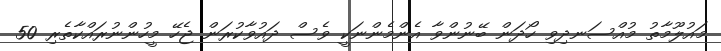
މައުލޫމާތު މުއްސަނދިވި ހޯދަން ބޭނުންވާ އެންމެންނަކީ ވެސް ދައުވާކުރަން ޖެހޭ މީހުންނުރައްކާތެރި 50